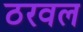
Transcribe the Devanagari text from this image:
ठरवल